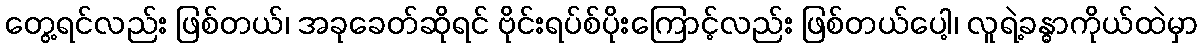
တွေ့ရင်လည်း ဖြစ်တယ်၊ အခုခေတ်ဆိုရင် ဗိုင်းရပ်စ်ပိုးကြောင့်လည်း ဖြစ်တယ်ပေါ့၊ လူရဲ့ခန္ဓာကိုယ်ထဲမှာ